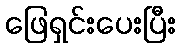
ဖြေရှင်းပေးပြီး